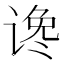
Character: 谗